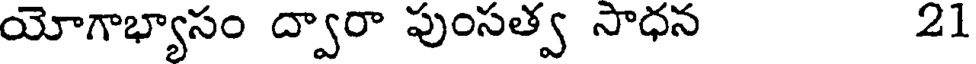
యోగాభ్యాసం ద్వారా పుంసత్వ సాధన 21